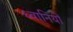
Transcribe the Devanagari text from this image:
ध्वानियों